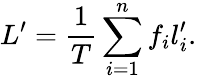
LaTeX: L^{\prime}=\frac{1}{T}\sum_{i=1}^{n}f_{i}l_{i}^{\prime}.